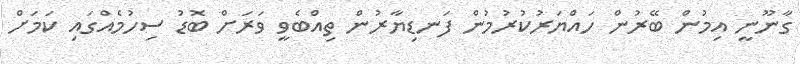
ގާނޫނީ އިމުން ބޭރުން ހައްޔަރުކުރުމުން ފަނޑިޔާރުން ތިއްބެވީ ވަރަށް ބޮޑު ސިހުމެއްގައި ކަމަށް